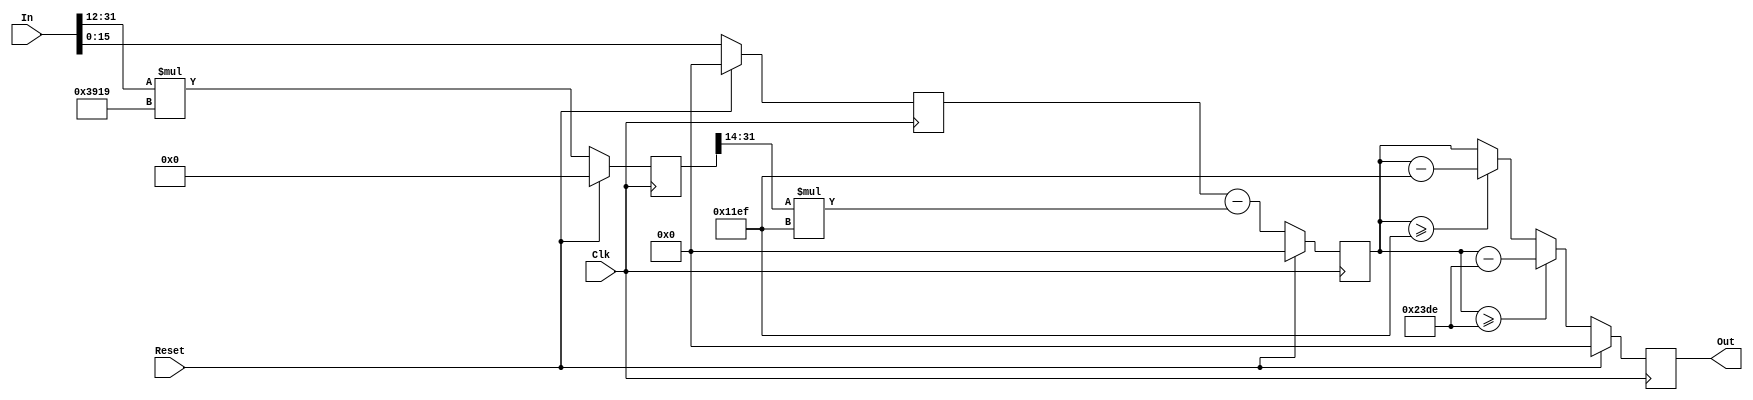
`timescale 1ns / 1ps
//3Clk for computing.
//can do pipeline every Clk.
module mod4591(
	Clk,
	Reset,
	In,
	Out
    );

//14617 = (2^12/4591)* 2^14
parameter RED_COEF = 14617;
parameter NTRU_Q = 4591;
parameter P_WIDTH = 16;

input					Clk;
input					Reset;
input		[P_WIDTH*2-1 : 0]	In;
output reg	[P_WIDTH-1 : 0]		Out;

reg		[P_WIDTH*2-1 : 0]	In_reg;

reg 		[31 : 0]	d;

wire 		[31 : 0]	e;

reg 		[31 : 0]	f;

wire 		[31 : 0]	g;

always@(posedge Clk)
begin
	if(Reset)
		In_reg <= {P_WIDTH*2{1'b0}};
	else
		In_reg <= In;
end

always@(posedge Clk)
begin
	if(Reset)
		d <= 32'b0;
	else
		d <= (In>>12)*RED_COEF;
end

assign e = (d>>14)*NTRU_Q;

always@(posedge Clk)
begin
	if(Reset)
		f <= 32'b0;
	else
		f <= In_reg-e;
end

assign g = f[15:0];

always@(posedge Clk)
begin
	if(Reset)
		Out <= 16'b0;
	else if(g>=2*NTRU_Q)
		Out <= g-2*NTRU_Q;
	else if(g>=NTRU_Q)
		Out <= g-NTRU_Q;
	else
		Out <= g;
end
endmodule